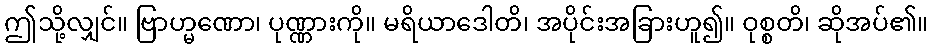
ဤသို့လျှင်။ ဗြာဟ္မဏော၊ ပုဏ္ဏားကို။ မရိယာဒေါတိ၊ အပိုင်းအခြားဟူ၍။ ဝုစ္စတိ၊ ဆိုအပ်၏။